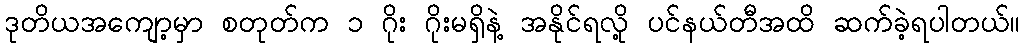
ဒုတိယအကျော့မှာ စတုတ်က ၁ ဂိုး ဂိုးမရှိနဲ့ အနိုင်ရလို့ ပင်နယ်တီအထိ ဆက်ခဲ့ရပါတယ်။